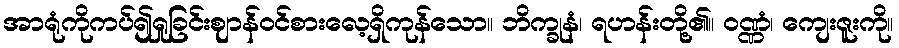
အာရုံကိုကပ်၍ရှုခြင်းဈာန်ဝင်စားလေ့ရှိကုန်သော။ ဘိက္ခုနံ၊ ရဟန်းတို့၏။ ဝဏ္ဏံ၊ ကျေးဇူးကို။